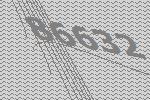
86632